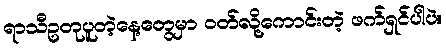
ရာသီဥတုပူတဲ့နေ့တွေမှာ ဝတ်လို့ကောင်းတဲ့ ဖက်ရှင်ပါပဲ။